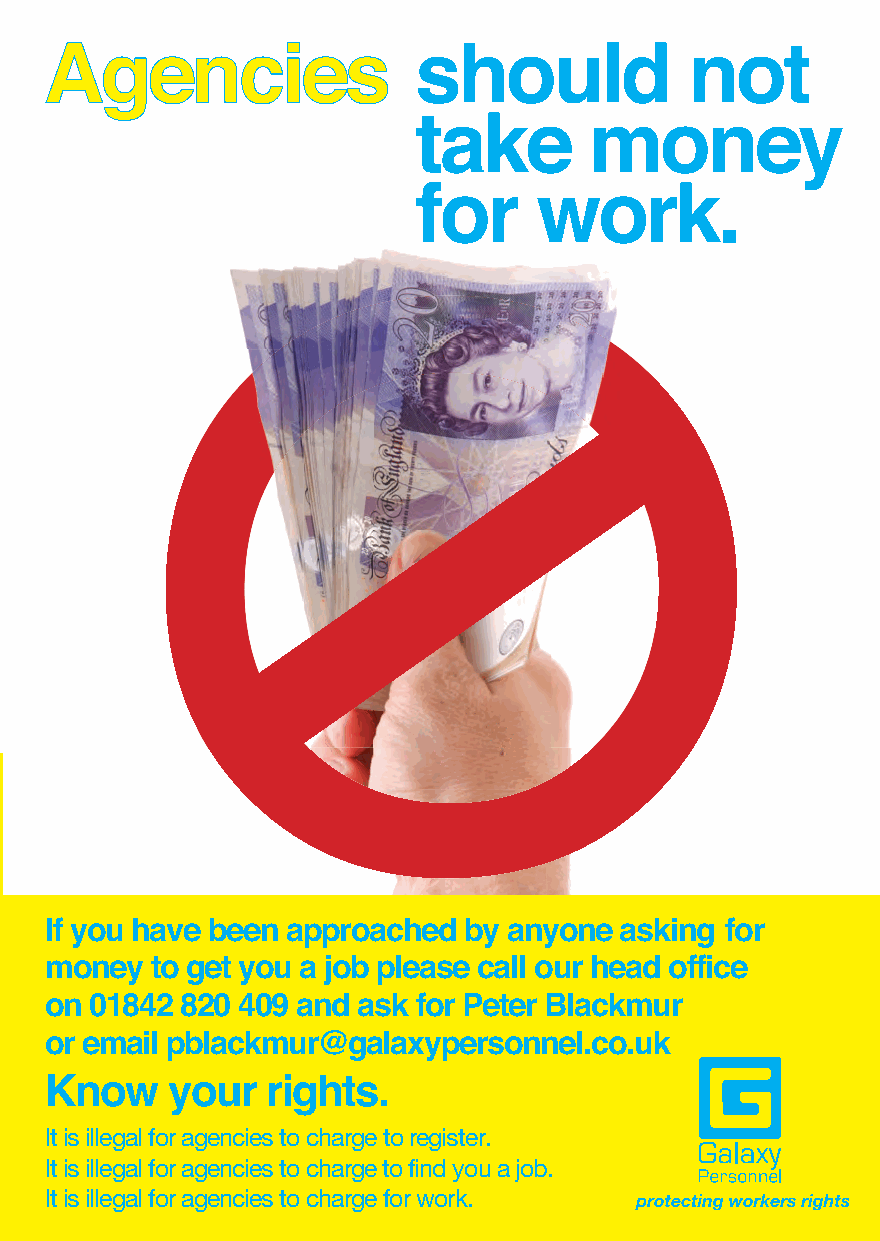
Agencies                should            not             Agencies                should            not
 take        money                                         take        money
 for     work.                                             for     work.
 If you have   been  approached     by  anyone
 asking  for money    to get  you  a job  please
 call our head   office on  01842   820  409
 If you have been approached by anyone asking for
 and  ask  for Peter  Blackmur    or email
 money  to get you a job please call our head office
 pblackmur@galaxypersonnel.co.uk.                          on 01842 820 409 and ask for Peter Blackmur
 or email pblackmur@galaxypersonnel.co.uk
 Know    your  rights.                                     Know    your  rights.
 It is illegal for agencies to charge to register.         It is illegal for agencies to charge to register.
 It is illegal for agencies to charge to find you a job.   It is illegal for agencies to charge to find you a job.
 It is illegal for agencies to charge for work.            It is illegal for agencies to charge for work.